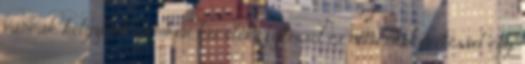
vannak helyzetek, amikor kis előkészítéssel és némi utókövetéssel egy